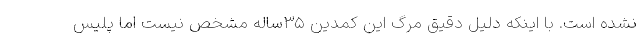
نشده است. با اینکه دلیل دقیق مرگ این کمدین ۳۵ساله مشخص نیست اما پلیس